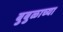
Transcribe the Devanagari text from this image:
बुबुळाच्या